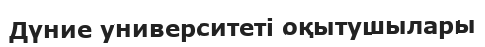
Дүние университеті оқытушылары